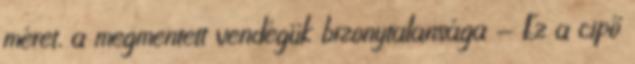
méret, a megmentett vendégük bizonytalansága - Ez a cipő